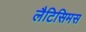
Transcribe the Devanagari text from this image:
लैटिसिमस